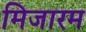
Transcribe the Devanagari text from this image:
मिजारम